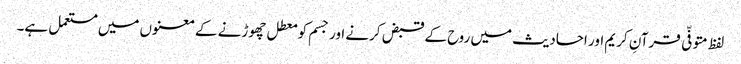
لفظ متوفّی قرآنِ کریم اور احادیث میں روح کے قبض کرنے اور جسم کو معطل چھوڑنے کے معنوں میں مستعمل ہے۔